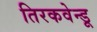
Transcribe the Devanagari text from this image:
तिरकवेन्डू